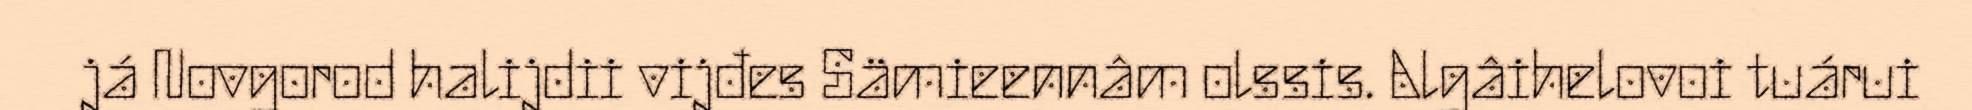
já Novgorod halijdii vijđes Sämieennâm olssis. Algâihelovoi tuárui